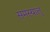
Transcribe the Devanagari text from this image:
समस्यालु